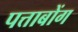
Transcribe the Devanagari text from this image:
पत्ताबोंग